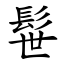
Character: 髰